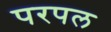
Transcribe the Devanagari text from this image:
परपल